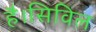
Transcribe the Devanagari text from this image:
है।सिविल